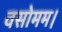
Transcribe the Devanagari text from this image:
वसोमम।